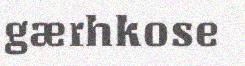
gærhkose